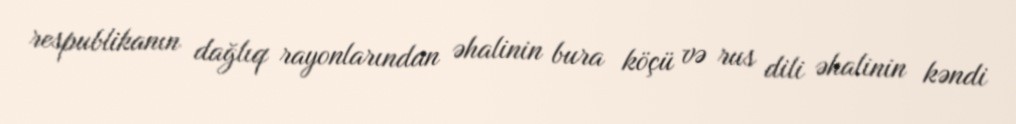
respublikanın dağlıq rayonlarından əhalinin bura köçü və rus dili əhalinin kəndi